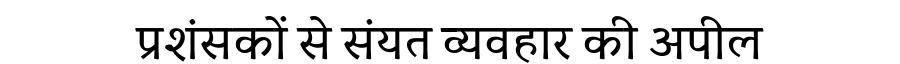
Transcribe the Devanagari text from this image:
प्रशंसकों से संयत व्यवहार की अपील